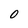
Character: 0